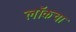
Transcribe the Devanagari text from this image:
लॉकचा